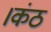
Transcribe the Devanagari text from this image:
।कंठ